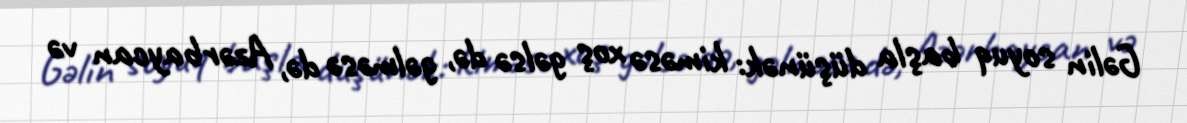
Gəlin soyuq başla düşünək: kiməsə xoş gəlsə də, gəlməsə də, Azərbaycan və